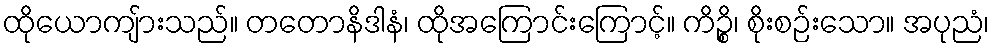
ထိုယောကျ်ားသည်။ တတောနိဒါနံ၊ ထိုအကြောင်းကြောင့်။ ကိဉ္စိ၊ စိုးစဉ်းသော။ အပုညံ၊